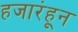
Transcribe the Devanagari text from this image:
हजारंहून